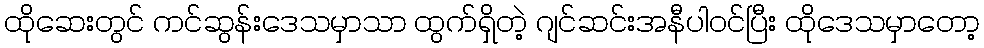
ထိုဆေးတွင် ကင်ဆွန်းဒေသမှာသာ ထွက်ရှိတဲ့ ဂျင်ဆင်းအနီပါဝင်ပြီး ထိုဒေသမှာတော့